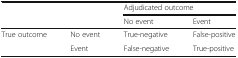
<table><thead><tr><td></td><td></td><td colspan="2"><b>Adjudicated outcome</b></td></tr><tr><td></td><td></td><td><b>No event</b></td><td><b>Event</b></td></tr></thead><tbody><tr><td rowspan="2">True outcome</td><td>No event</td><td>True-negative</td><td>False-positive</td></tr><tr><td>Event</td><td>False-negative</td><td>True-positive</td></tr></tbody></table>